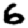
Digit: 6